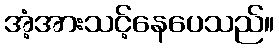
အံ့အားသင့်နေပေသည်။